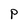
Character: P